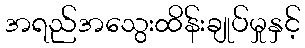
အရည်အသွေးထိန်းချုပ်မှုနှင့်